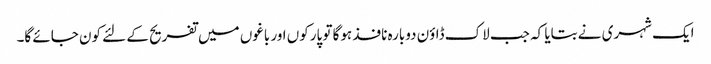
ایک شہری نے بتایا کہ جب لاک ڈاؤن دوبارہ نافذ ہوگا تو پارکوں اور باغوں میں تفریح کے لئے کون جائے گا۔